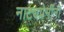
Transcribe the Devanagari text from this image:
नाट्यप्रेमींनी